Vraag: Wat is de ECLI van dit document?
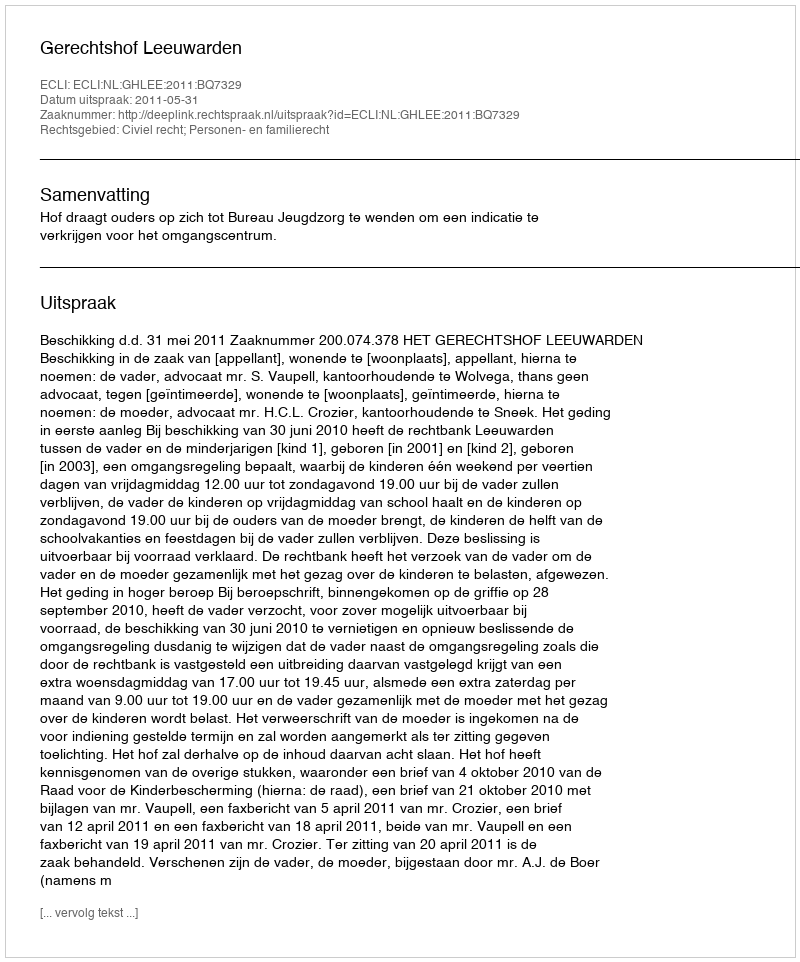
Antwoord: ECLI:NL:GHLEE:2011:BQ7329